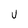
Character: v